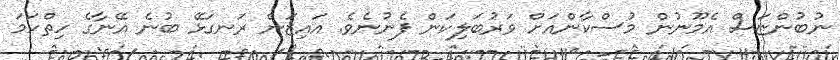
ނުބުންޏަސް އެމޫނުން މުސްކާންއަށް ވަރުބަލިކަން ފެނުނެވެ. އައިޒަން ރަނގަޅޭ ބުނެ އޭނާގެ ހިތްހަމަ